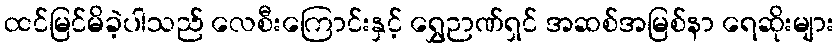
ထင်မြင်မိခဲ့ပါသည် လေစီးကြောင်းနှင့် ရွှေဉာဏ်ရှင် အဆစ်အမြစ်နာ ရေဆိုးများ